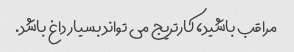
مراقب باشید، کارتریج می تواند بسیار داغ باشد.